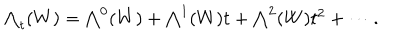
LaTeX: \textstyle \bigwedge _ { t } ( W ) = \bigwedge ^ { 0 } ( W ) + \bigwedge ^ { 1 } ( W ) t + \bigwedge ^ { 2 } ( W ) t ^ { 2 } + \cdots .